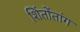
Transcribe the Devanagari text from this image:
शिंतोंतांग